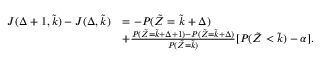
\begin{array} { r l } { J ( \Delta + 1 , \tilde { k } ) - J ( \Delta , \tilde { k } ) } & { = - P ( \tilde { Z } = \tilde { k } + \Delta ) } \\ & { + \frac { P ( \tilde { Z } = \tilde { k } + \Delta + 1 ) - P ( \tilde { Z } = \tilde { k } + \Delta ) } { P ( \tilde { Z } = \tilde { k } ) } [ P ( \tilde { Z } < \tilde { k } ) - \alpha ] . } \end{array}